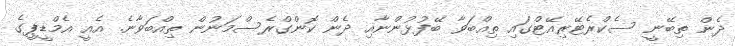
ދެން ތިބޭނީ ސެކްރެޓޭރިއޭޓްގައި ތިއްބަވާ ބޭފުޅުންނާއި ދެން ކޮންގްރެސްމަނުން ތިއްބަވާނެ. އެއީ އެމްޑީޕީގެ